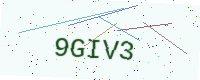
Text: 9GIV3